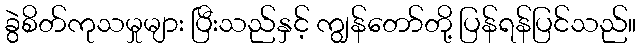
ခွဲစိတ်ကုသမှုများ ပြီးသည်နှင့် ကျွန်တော်တို့ ပြန်ရန်ပြင်သည်။